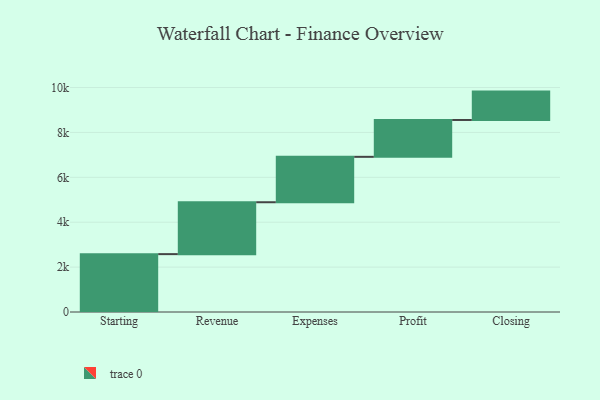
{"axis": {"x": "Step", "y": "Value"}, "legend": [""], "data": [{"x": "Starting", "y": 2578.0, "type": ""}, {"x": "Revenue", "y": 2312.0, "type": ""}, {"x": "Expenses", "y": 2023.0, "type": ""}, {"x": "Profit", "y": 1642.0, "type": ""}, {"x": "Closing", "y": 1264.0, "type": ""}]}